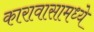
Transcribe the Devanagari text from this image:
कारावासामध्ये